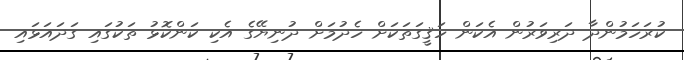
ކުރަހަމުންދާ ދަރިވަރުން އެކަން ހަޤީގަތަކަށް ހެދުމަށް ދުނިޔޭގެ އެކި ކަންކޮޅު ތަކުގައި ގަދައަޅައި